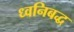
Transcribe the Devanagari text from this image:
ध्वनिबद्ध